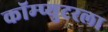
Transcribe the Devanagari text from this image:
कॉम्प्युटरला